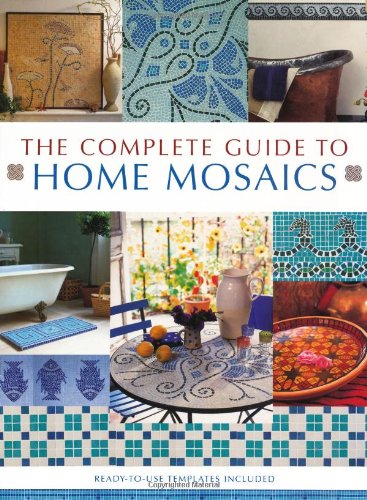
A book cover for The Complete Guide to Home Mosaics; Crafts, Hobbies & Home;